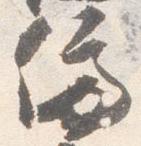
停